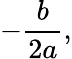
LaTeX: -{\frac{b}{2a}},